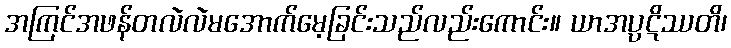
အကြင်အဖန်တလဲလဲမအောက်မေ့ခြင်းသည်လည်းကောင်း။ ယာအပ္ပဋိဿတိ၊